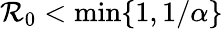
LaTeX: \mathcal{R}_{0}<\operatorname*{min}\{ 1,1/\alpha\}